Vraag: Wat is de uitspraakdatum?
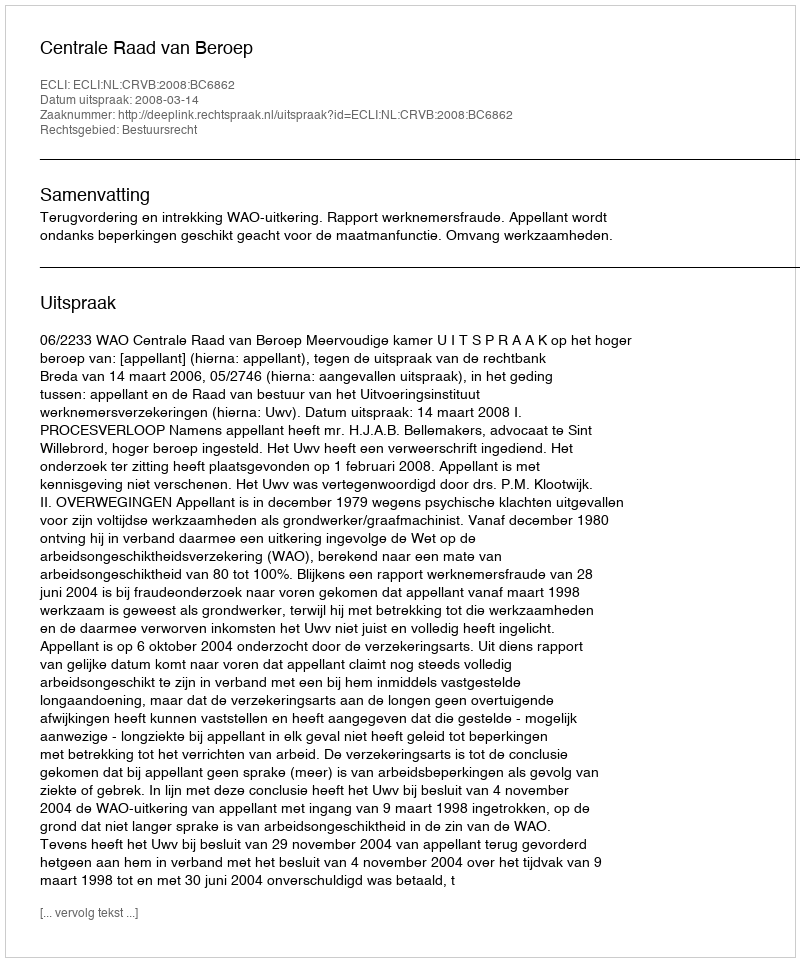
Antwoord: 2008-03-14